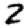
Digit: 2